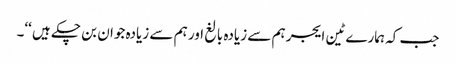
جب کہ ہمارے ٹین ایجر ہم سے زیادہ بالغ اور ہم سے زیادہ جوان بن چکے ہیں ‘‘۔